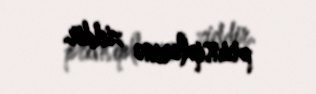
prinsiplərinə ziddir.